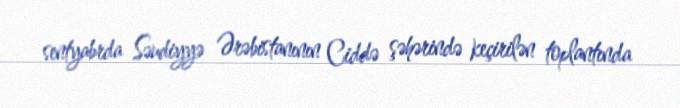
sentyabrda Səudiyyə Ərəbistanının Ciddə şəhərində keçirilən toplantında